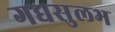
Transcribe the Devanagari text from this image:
गद्यसुलभ